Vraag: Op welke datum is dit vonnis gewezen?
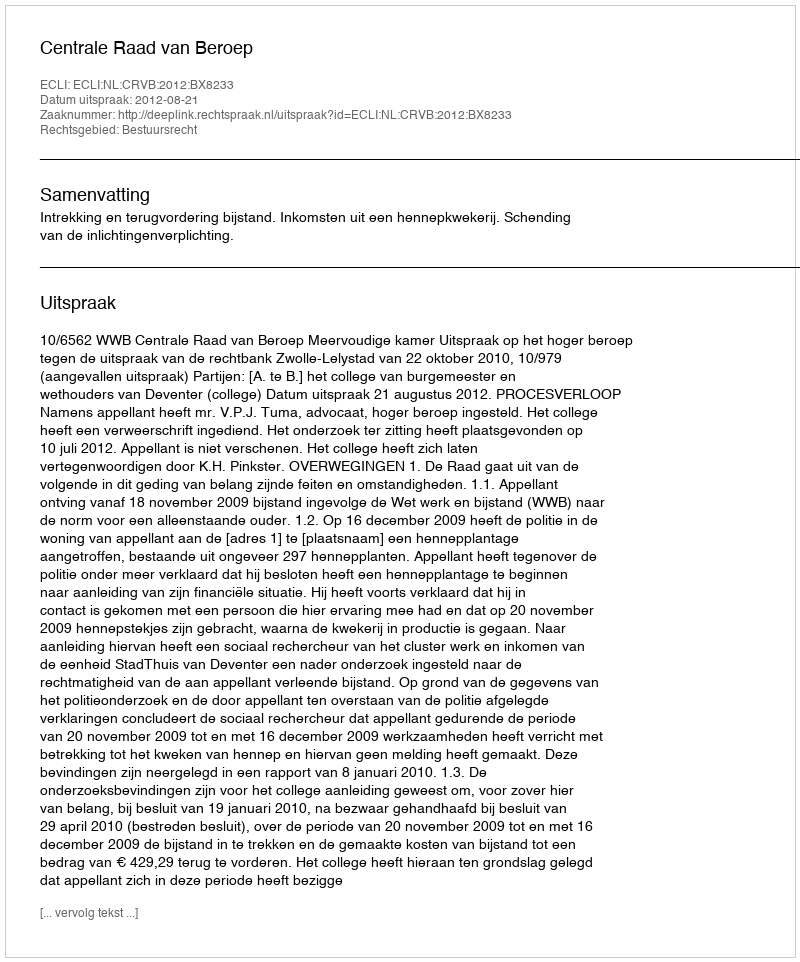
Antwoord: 2012-08-21